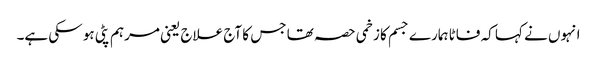
انہوں نے کہا کہ فاٹا ہمارے جسم کا زخمی حصہ تھا جس کا آج علاج یعنی مرہم پٹی ہو سکی ہے۔